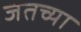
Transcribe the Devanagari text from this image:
जतच्या